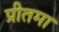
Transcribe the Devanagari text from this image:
प्रीतमा